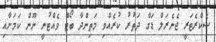
ސެކްރެޓަރީ ޖެނެރަލް ޑަގް ދަތުރު ކުރެއްވި މަތިންދާ ބޯޓް ވެއްޓުނީ ނޫން ކަމަށާއި